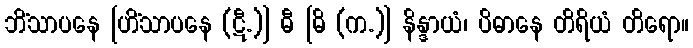
ဘိံသာပနေ [ဟိံသာပနေ (ဋီ.)] ဓီ [ဓိ (က.)] နိန္ဒာယံ၊ ပိဓာနေ တိရိယံ တိရော။